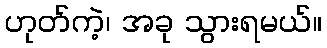
ဟုတ်ကဲ့၊ အခု သွားရမယ်။